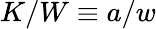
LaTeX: K/W\equiv a/w